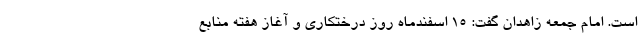
است. امام جمعه زاهدان گفت: ۱۵ اسفندماه روز درختکاری و آغاز هفته منابع